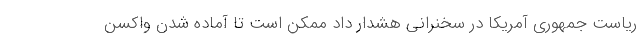
ریاست جمهوری آمریکا در سخنرانی هشدار داد ممکن است تا آماده شدن واکسن